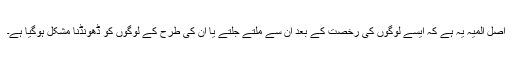
اصل المیہ یہ ہے کہ ایسے لوگوں کی رخصت کے بعد ان سے ملتے جلتے یا ان کی طرح کے لوگوں کو ڈھونڈنا مشکل ہوگیا ہے۔